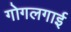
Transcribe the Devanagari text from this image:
गोगलगाई